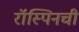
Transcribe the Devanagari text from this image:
रॉस्पिनची